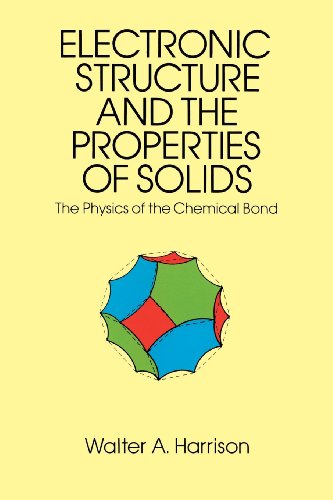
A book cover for Electronic Structure and the Properties of Solids: The Physics of the Chemical Bond (Dover Books on Physics); Walter A. Harrison; Science & Math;